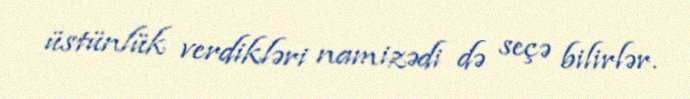
üstünlük verdikləri namizədi də seçə bilirlər.